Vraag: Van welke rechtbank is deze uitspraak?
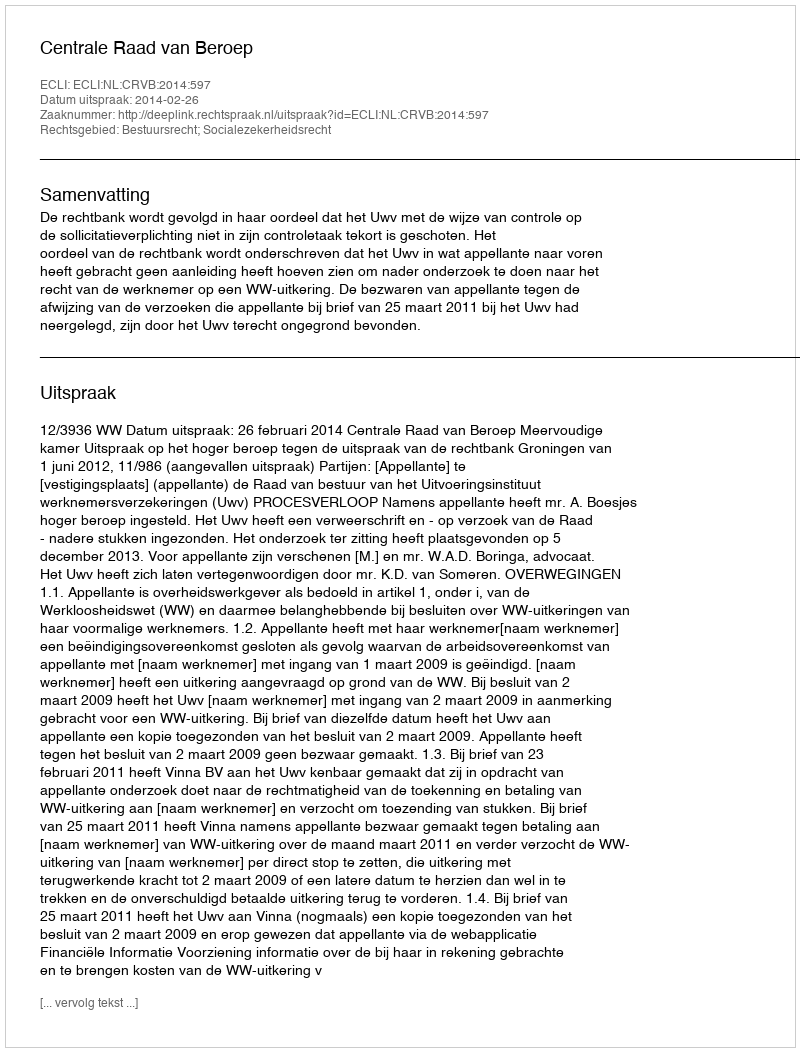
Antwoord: Centrale Raad van Beroep